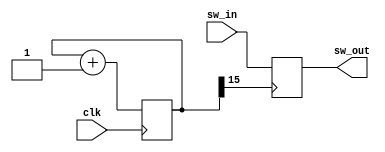
module m_chattering(input clk,input sw_in,output sw_out);
	reg [15:0] cnt;	//16bit counter
	reg swreg;			//Switch Latch
	wire iclk;			//1/65536 clock
	
	assign sw_out=swreg;
	
	//16bit Counter
	always @(posedge clk) begin
		cnt=cnt+1;
	end
	assign iclk=cnt[15];	//clock for chattering inhibit
	
	//switch latch 
	always @(posedge iclk) begin
		swreg=sw_in;
	end

endmodule